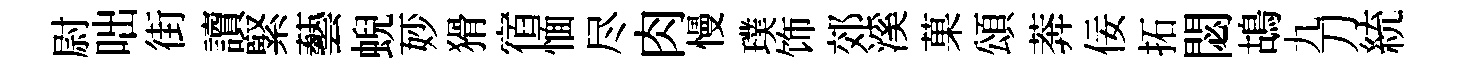
尉咄街讀緊藝蜺一妙猾宿愐尽肉慢璞饰郊溪菓頌莾佞拓閟鴣九刀統